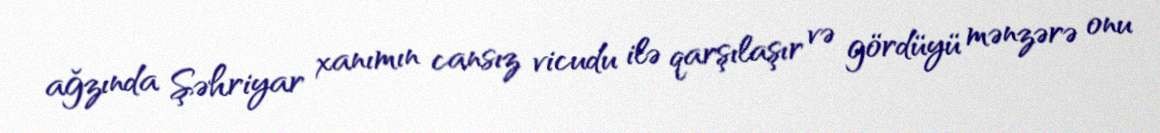
ağzında Şəhriyar xanımın cansız vicudu ilə qarşılaşır və gördüyü mənzərə onu